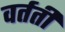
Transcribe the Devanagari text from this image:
वर्तती